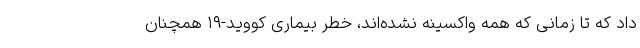
داد که تا زمانی که همه واکسینه نشده‌اند، خطر بیماری کووید-۱۹ همچنان